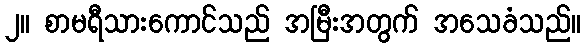
၂။ စာမရီသားကောင်သည် အမြီးအတွက် အသေခံသည်။